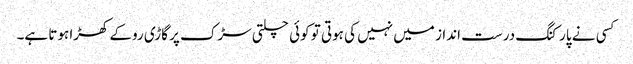
کسی نے پارکنگ درست انداز میں نہیں کی ہوتی تو کوئی چلتی سڑک پر گاڑی روکے کھڑا ہوتا ہے۔